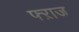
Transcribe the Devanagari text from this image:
फ्ऱाज